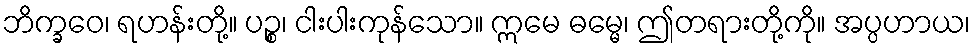
ဘိက္ခဝေ၊ ရဟန်းတို့။ ပဉ္စ၊ ငါးပါးကုန်သော။ ဣမေ ဓမ္မေ၊ ဤတရားတို့ကို။ အပ္ပဟာယ၊